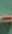
-